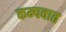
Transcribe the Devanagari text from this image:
कम्पवात